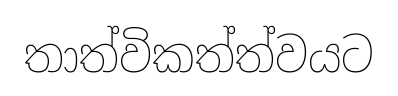
තාත්විකත්ත්වයට